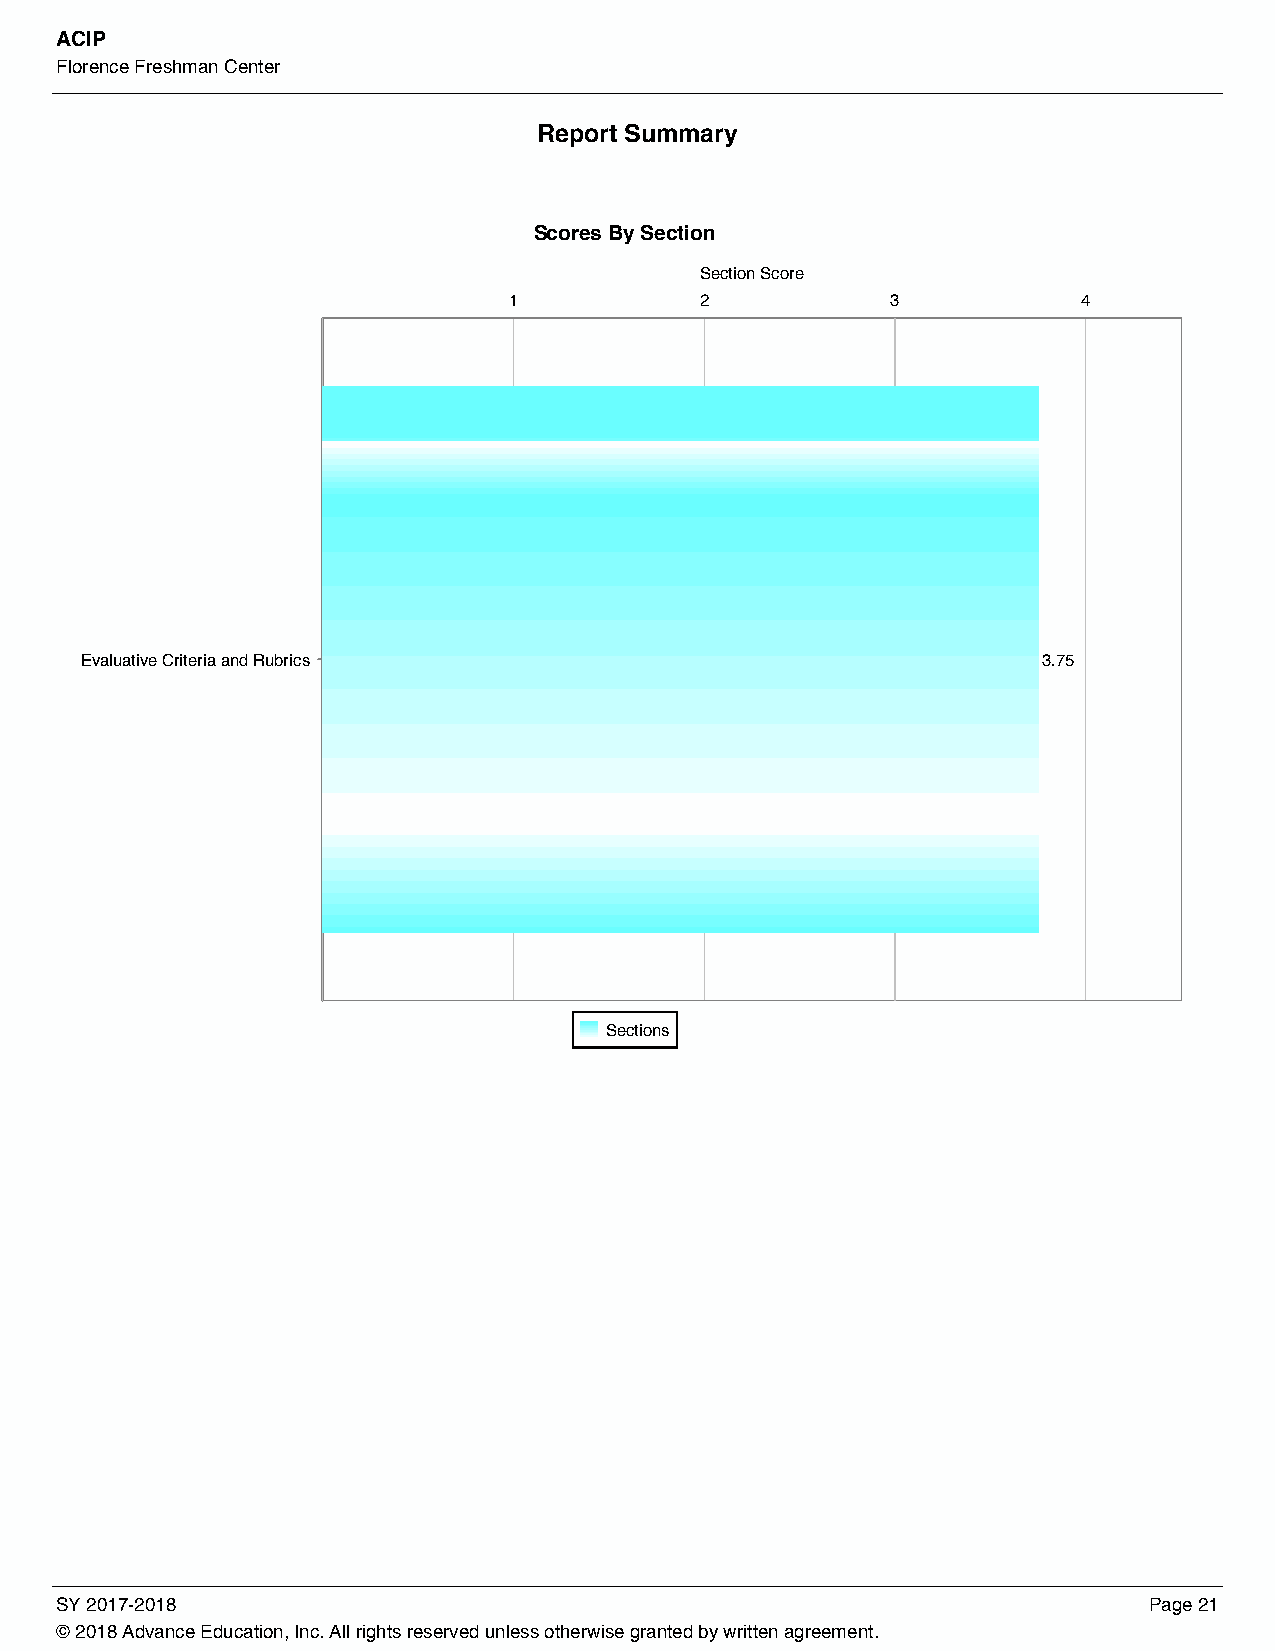
ACIP
 Florence Freshman Center
 Report Summary
 Scores By Section
 Section Score
 1           2            3            4
 Evaluative Criteria and Rubrics                                 3.75
 Sections
 SY 2017-2018                                                            Page 21
 © 2018 Advance Education, Inc. All rights reserved unless otherwise granted by written agreement.